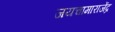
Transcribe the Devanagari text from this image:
जयचामाराजेंद्र